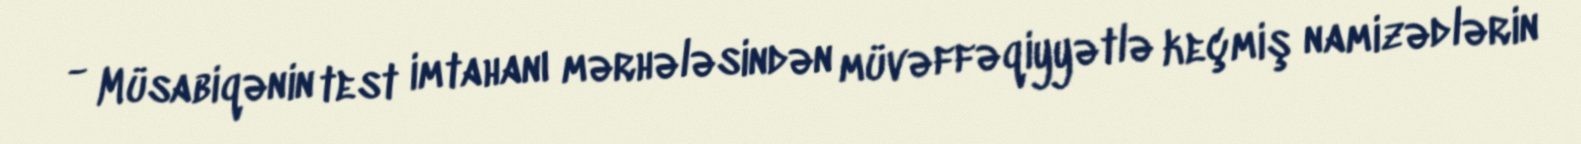
- Müsabiqənin test imtahanı mərhələsindən müvəffəqiyyətlə keçmiş namizədlərin